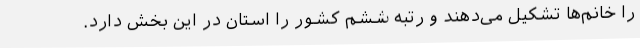
را خانم‌ها تشکیل می‌دهند و رتبه ششم کشور را استان در این بخش دارد.